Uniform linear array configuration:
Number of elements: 4
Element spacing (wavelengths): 0.75
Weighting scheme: blackman
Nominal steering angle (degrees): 0
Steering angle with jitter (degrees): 0.3094
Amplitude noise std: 0.05
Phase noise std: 0.05

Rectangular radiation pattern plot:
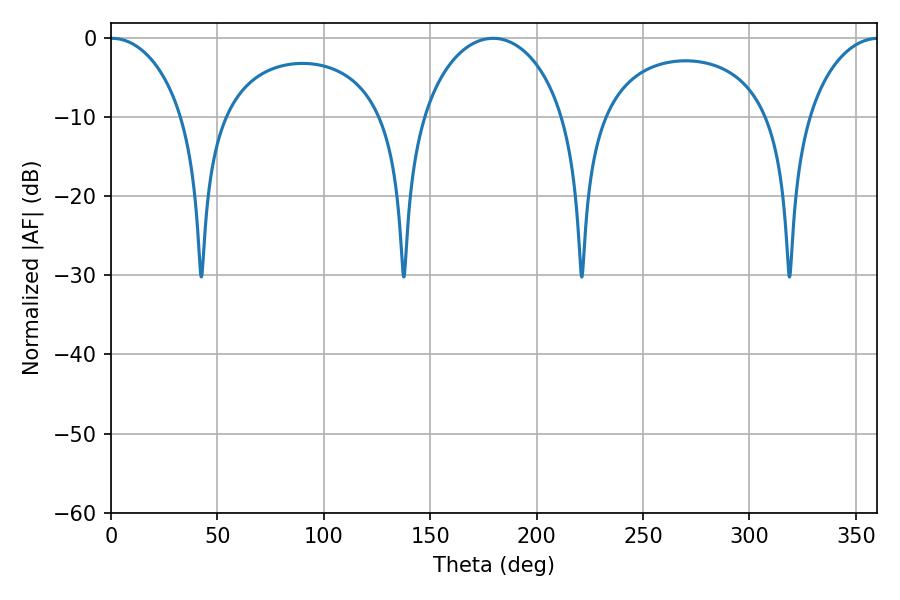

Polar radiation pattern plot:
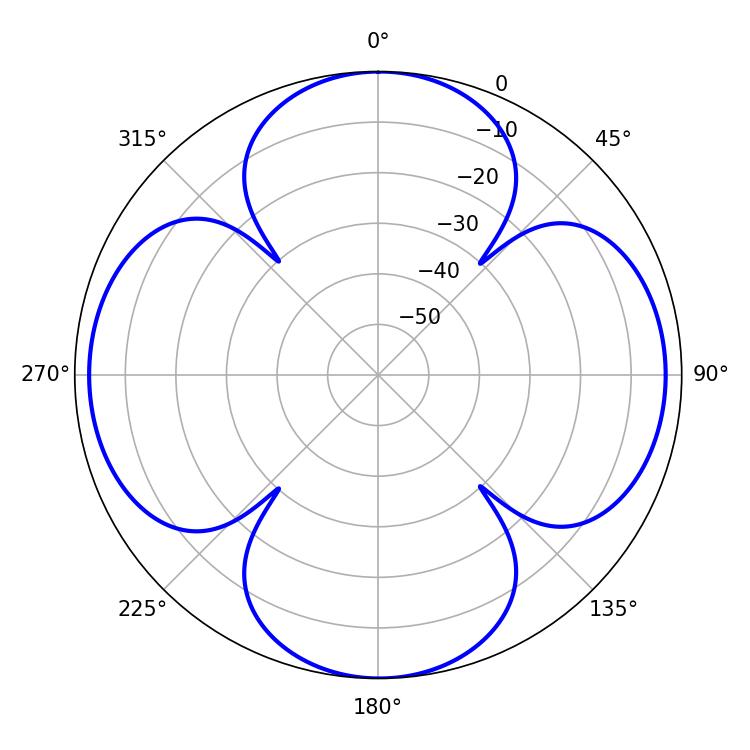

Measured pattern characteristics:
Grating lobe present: TRUE
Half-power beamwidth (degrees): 19.8
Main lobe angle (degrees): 0.54